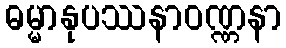
ဓမ္မာနုပဿနာဝဏ္ဏနာ